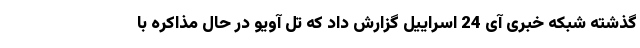
گذشته شبکه خبری آی 24 اسراییل گزارش داد که تل آویو در حال مذاکره با